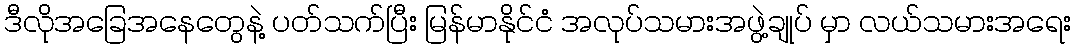
ဒီလိုအခြေအနေတွေနဲ့ ပတ်သက်ပြီး မြန်မာနိုင်ငံ အလုပ်သမားအဖွဲ့ချုပ် မှာ လယ်သမားအရေး